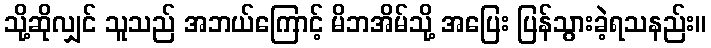
သို့ဆိုလျှင် သူသည် အဘယ်ကြောင့် မိဘအိမ်သို့ အပြေး ပြန်သွားခဲ့ရသနည်း။